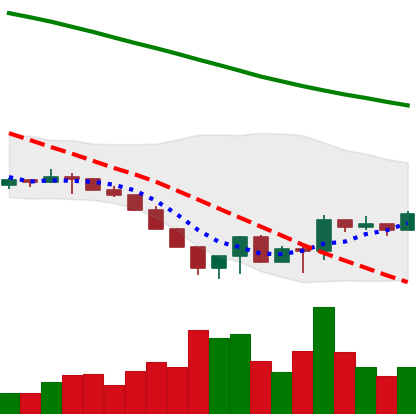
Ticker: LTC-USD
Chart end date: 2022-06-23
Forward return: -5.293%
Label: down_5_7